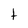
Character: t